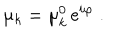
LaTeX: \mu _ { k } = \mu _ { k } ^ { 0 } \, \mathrm { e } ^ { i \varphi } \; .